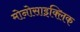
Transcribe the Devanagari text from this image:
मोनोसाइक्लिक